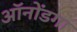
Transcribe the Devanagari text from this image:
ऑनोंडगा